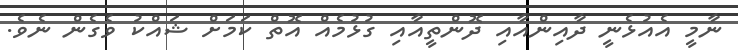
ނާމީ އެއުޅެނީ ދާއިންއާއި ދޮންތީއާއި ގުޅުމެއް އޮތް ކަމަށް ޝައްކު ވެގެން ނެވެ.